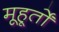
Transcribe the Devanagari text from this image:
मूहूर्तों